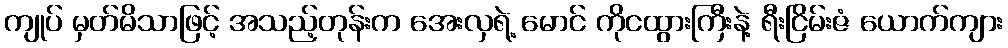
ကျုပ် မှတ်မိသာဖြင့် အသည့်တုန်းက အေးလှရဲ့ မောင် ကိုငထွားကြီးနဲ့ ရီးငြိမ်းဇံ ယောက်ကျား